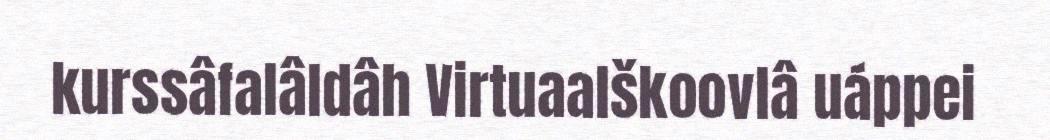
kurssâfalâldâh Virtuaalškoovlâ uáppei